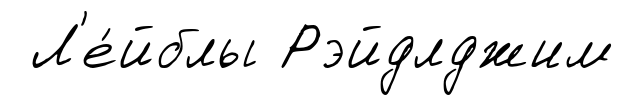
Л'е́йблы Рэйдлджим